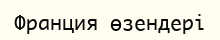
Франция өзендері